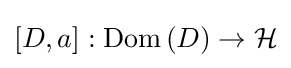
\left[D,a\right]:\mathrm {Dom} \left(D\right)\to {\mathcal {H}}